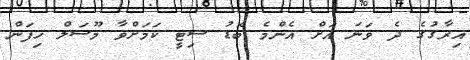
އިރާގުގެ ދެ ވަނަ އަށް އެންމެ ބޮޑު ސިޓީ ކަމަށްވާ މޫސަލް ހިފަން